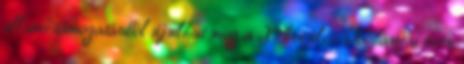
állami támogatásból újulhat meg a X. kerületi Kőbányai úton